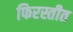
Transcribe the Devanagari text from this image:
फिरस्तीत